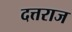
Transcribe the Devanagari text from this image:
दत्तराज